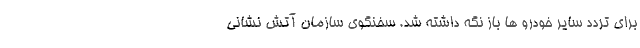
برای تردد سایر خودرو ها باز نگه داشته شد. سخنگوی سازمان آتش نشانی